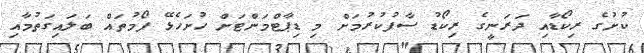
ކުށުގެ ރިކޯޑާއި ދަރަނީގެ ރިކޯޑު ސާފުކުރުމަށް މި ޑިޕާޓްމަންޓަށް ހުށަހެޅޭ ފޯމުތައް ބަލައިގަތުމާއި